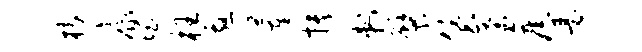
椽康惘枉邀董抉刺檗堡荼旧瑟